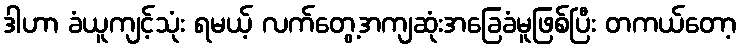
ဒါဟာ ခံယူကျင့်သုံး ရမယ့် လက်တွေ့အကျဆုံးအခြေခံမူဖြစ်ပြီး တကယ်တော့